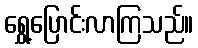
ရွှေ့ပြောင်းလာကြသည်။